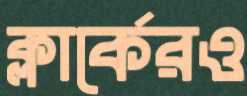
ক্লার্কেরও